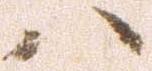
ハ